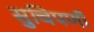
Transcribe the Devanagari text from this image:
सुचिपर्णी